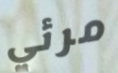
مرئي